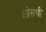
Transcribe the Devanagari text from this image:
इप्रेसची